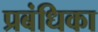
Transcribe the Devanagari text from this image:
प्रबंधिका